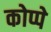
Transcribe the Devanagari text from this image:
कोप्पे